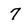
Character: 7